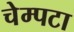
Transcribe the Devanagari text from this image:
चेम्पटा